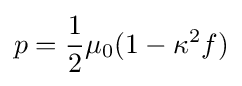
p={\frac {1}{2}}\mu _{0}(1-\kappa ^{2}f)